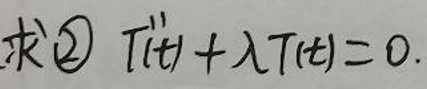
求\(\textcircled{2} T''(t)+\lambda T(t)=0\)